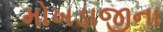
મોખડાજીના